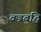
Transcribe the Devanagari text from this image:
वज्रबुद्धि